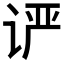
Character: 𰵨